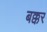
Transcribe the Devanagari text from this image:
बक्कर